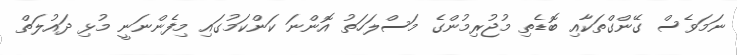
ނަމަވެސް ގޭންގްތަކާއި ބޮޑެތި މުޖުރިމުންގެ މަސްލަހަތު އޮންނަ ކަންކަމުގައި މިފެންނަނީ މުޅި ދައުލަތް